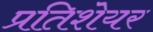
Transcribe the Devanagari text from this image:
प्रतिशेयर